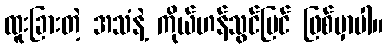
ထူးခြားတဲ့ အသံနဲ့ ကိုယ်ဟန်သွင်ပြင် ဖြစ်မှာပါ။